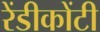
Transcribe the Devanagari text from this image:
रेंडीकोंटी